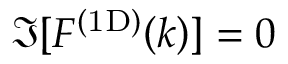
\Im [ \mathinner { F ^ { \mathrm { ( 1 D ) } } \mathopen { \left( k \right) } } ] = 0